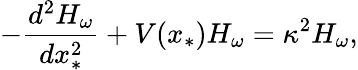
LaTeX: -\frac{d^{2}H_{\omega}}{dx_{*}^{2}}+V(x_{*})H_{\omega}=\kappa^{2}H_{\omega},